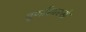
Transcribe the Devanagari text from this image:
चूर्णासारखे